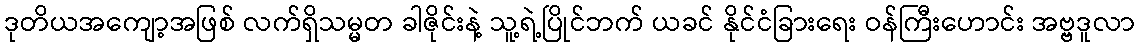
ဒုတိယအကျော့အဖြစ် လက်ရှိသမ္မတ ခါဇိုင်းနဲ့ သူ့ရဲ့ပြိုင်ဘက် ယခင် နိုင်ငံခြားရေး ဝန်ကြီးဟောင်း အဗ္ဗဒူလာ